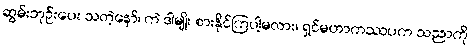
ဆွမ်းဘုဉ်းပေး သတဲ့နော်၊ ကဲ ဒါမျိုး စားနိုင်ကြပါ့မလား၊ ရှင်မဟာကဿပက သညာကို